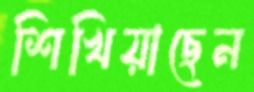
শিখিয়াছেন